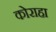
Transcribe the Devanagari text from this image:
कोराहा